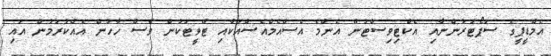
އެމްޑީޕީގެ ސަޕޯޓަރުންނާއި އެކްޓިވިސްޓުން އެންމެ އެސްއެމްއެސްއަކާއި ޓްވީޓަކުން ވެސް ހާހުން އެއްކުރަމުން އައި